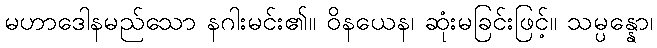
မဟာဒေါနမည်သော နဂါးမင်း၏။ ဝိနယေန၊ ဆုံးမခြင်းဖြင့်။ သမ္ပန္နော၊